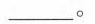
_-。